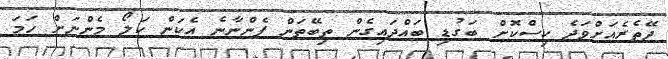
ދޭތެރެއަށްވަދެ ކިސްކޮށް ބަގުޑި ބައްދައިގެން ތިބޭތަން ފެންނާނެ އެކަން ކަލޯ މެންނަށް ހަމަ